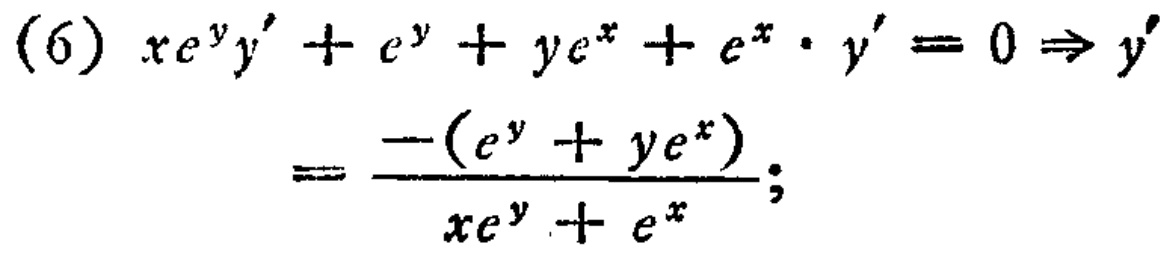
\[(6) \ xe^{y}y'+e^{y}+ye^{x}+e^{x}\cdot y' = 0\Rightarrow y'=\frac{-(e^{y}+ye^{x})}{xe^{y}+e^{x}};\]